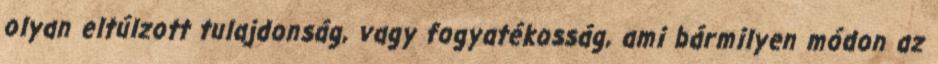
olyan eltúlzott tulajdonság, vagy fogyatékosság, ami bármilyen módon az